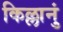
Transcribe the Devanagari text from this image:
किल्लानुं